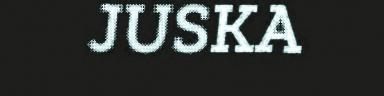
JUSKA